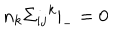
n _ { k } { { \Sigma } _ { i j } } ^ { k } { \vert } _ { - } = 0